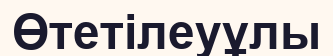
Өтетілеуұлы